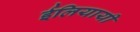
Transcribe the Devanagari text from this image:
ईलियायी